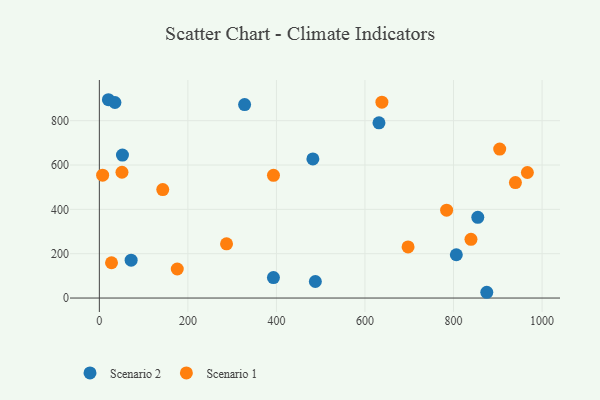
{"axis": {"x": "Investment", "y": "Rating"}, "legend": ["Scenario 1", "Scenario 2"], "data": [{"x": "393.2", "y": 92.3, "type": "Scenario 2"}, {"x": "52.2", "y": 645.0, "type": "Scenario 2"}, {"x": "482.3", "y": 627.5, "type": "Scenario 2"}, {"x": "487.9", "y": 74.7, "type": "Scenario 2"}, {"x": "71.8", "y": 170.8, "type": "Scenario 2"}, {"x": "806.3", "y": 195.2, "type": "Scenario 2"}, {"x": "328.1", "y": 872.4, "type": "Scenario 2"}, {"x": "20.5", "y": 894.5, "type": "Scenario 2"}, {"x": "875.1", "y": 26.0, "type": "Scenario 2"}, {"x": "631.6", "y": 790.1, "type": "Scenario 2"}, {"x": "854.8", "y": 364.2, "type": "Scenario 2"}, {"x": "35.2", "y": 881.9, "type": "Scenario 2"}, {"x": "904.3", "y": 671.7, "type": "Scenario 1"}, {"x": "697.3", "y": 230.7, "type": "Scenario 1"}, {"x": "393.3", "y": 553.7, "type": "Scenario 1"}, {"x": "27.5", "y": 159.2, "type": "Scenario 1"}, {"x": "176.0", "y": 131.0, "type": "Scenario 1"}, {"x": "143.2", "y": 489.3, "type": "Scenario 1"}, {"x": "939.8", "y": 520.7, "type": "Scenario 1"}, {"x": "7.4", "y": 554.0, "type": "Scenario 1"}, {"x": "287.3", "y": 244.5, "type": "Scenario 1"}, {"x": "966.8", "y": 566.3, "type": "Scenario 1"}, {"x": "784.4", "y": 396.3, "type": "Scenario 1"}, {"x": "839.4", "y": 264.8, "type": "Scenario 1"}, {"x": "51.1", "y": 567.3, "type": "Scenario 1"}, {"x": "638.2", "y": 883.5, "type": "Scenario 1"}]}